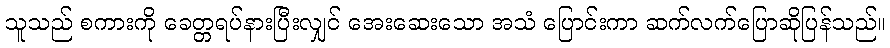
သူသည် စကားကို ခေတ္တရပ်နားပြီးလျှင် အေးဆေးသော အသံ ပြောင်းကာ ဆက်လက်ပြောဆိုပြန်သည်။